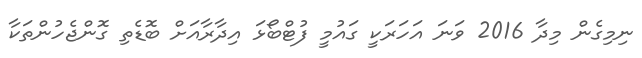
ނިމިގެން މިދާ 2016 ވަނަ އަހަރަކީ ގައުމީ ފުޓްބޯޅަ އިދާރާއަށް ބޮޑެތި ގޮންޖެހުންތަކާ